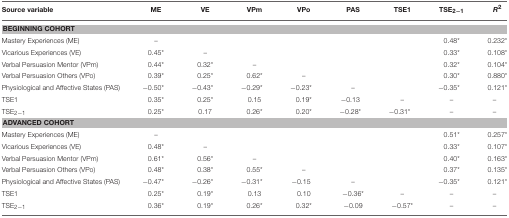
| Source variable | ME | VE | VPm | VPo | PAS | TSE1 | TSE2−1 | R2 |
 | --- | --- | --- | --- | --- | --- | --- | --- | --- |
 | <COLSPAN=9> BEGINNING COHORT |
 | Mastery Experiences (ME) | – |  |  |  |  |  | 0.48* | 0.232* |
 | Vicarious Experiences (VE) | 0.45* | – |  |  |  |  | 0.33* | 0.108* |
 | Verbal Persuasion Mentor (VPm) | 0.44* | 0.32* | – |  |  |  | 0.32* | 0.104* |
 | Verbal Persuasion Others (VPo) | 0.39* | 0.25* | 0.62* | – |  |  | 0.30* | 0.880* |
 | Physiological and Affective States (PAS) | −0.50* | −0.43* | −0.29* | −0.23* | – |  | −0.35* | 0.121* |
 | TSE1 | 0.35* | 0.25* | 0.15 | 0.19* | −0.13 | – | – | – |
 | TSE2−1 | 0.25* | 0.17 | 0.26* | 0.20* | −0.28* | −0.31* | – | – |
 | <COLSPAN=9> ADVANCED COHORT |
 | Mastery Experiences (ME) | – |  |  |  |  |  | 0.51* | 0.257* |
 | Vicarious Experiences (VE) | 0.48* | – |  |  |  |  | 0.33* | 0.107* |
 | Verbal Persuasion Mentor (VPm) | 0.61* | 0.56* | – |  |  |  | 0.40* | 0.163* |
 | Verbal Persuasion Others (VPo) | 0.48* | 0.38* | 0.55* | – |  |  | 0.37* | 0.135* |
 | Physiological and Affective States (PAS) | −0.47* | −0.26* | −0.31* | −0.15 | – |  | −0.35* | 0.121* |
 | TSE1 | 0.25* | 0.19* | 0.13 | 0.10 | −0.36* | – | – | – |
 | TSE2−1 | 0.36* | 0.19* | 0.26* | 0.32* | −0.09 | −0.57* | – | – |